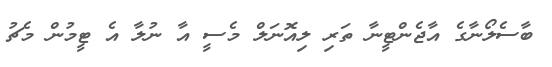
ބާސެލޯނާގެ އާޖެންޓީނާ ތަރި ލިއޮނަލް މެސީ އާ ނުލާ އެ ޓީމުން މެޗު